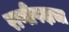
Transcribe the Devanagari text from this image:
राणीपदाचा